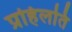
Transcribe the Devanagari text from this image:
प्रहिलति